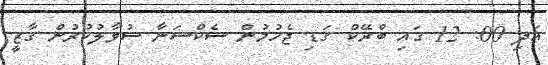
އަދި 00: 12 ގައި ބްރޭކް ގަޑި ޖެހުމުން ސެކްޝަނާ ސުވާލުކުރުން ގާޒީ